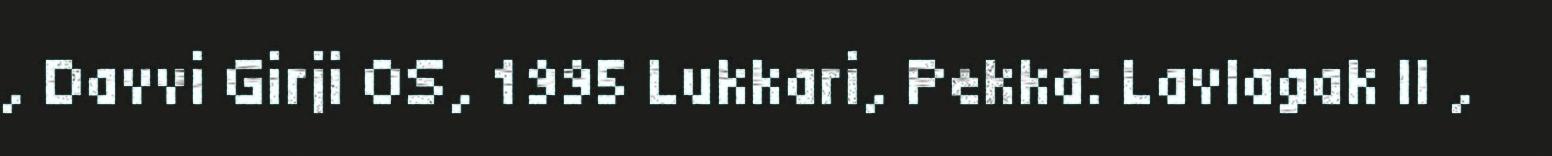
, Davvi Girji OS, 1995 Lukkari, Pekka: Lavlagak II ,